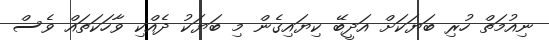
ނިއުމަތް ހުރި ބަޔަކަށް އަދީބޭ ކިޔައިގެން މި ބަޔަކު ދެއްކި ވާހަކަތައް ވެސް